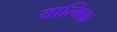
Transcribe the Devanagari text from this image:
यात्मिक